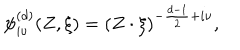
LaTeX: { \psi } _ { i \nu } ^ { ( d ) } ( Z , \xi ) = \left( { Z \cdot { \xi } } \right) ^ { - \frac { d - 1 } { 2 } + i \nu } ,